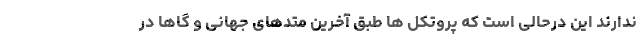
ندارند این درحالی است که پروتکل ها طبق آخرین متدهای جهانی و گاها در